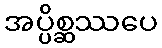
အပ္ပိစ္ဆဿပေ